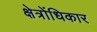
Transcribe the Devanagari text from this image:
क्षेत्रोंधिकार